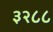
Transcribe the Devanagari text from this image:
३२८८